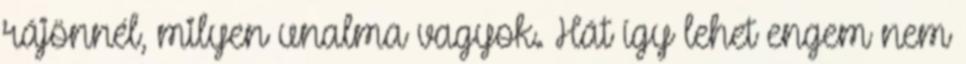
rájönnél, milyen unalma vagyok. Hát így lehet engem nem